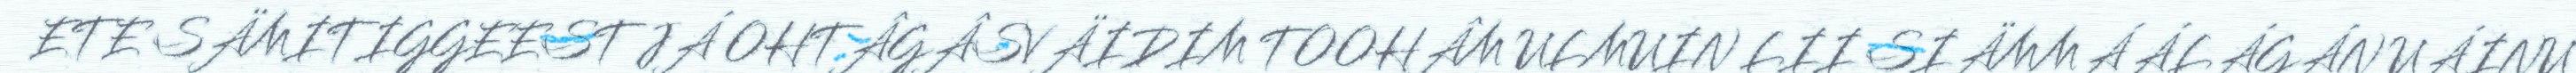
ETE SÄMITIGGEEST JÁ OHTÂGÂSVÄIDIM TOOHÂM ULMUIN LII SIÄMMÁÁLÁGÁN UÁINU